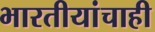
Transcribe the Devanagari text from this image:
भारतीयांचाही